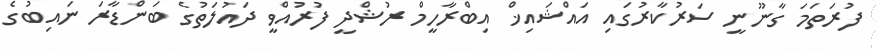
ފުރަތަމަ ގާނޫނީ ސަރުކާރުގައި އައްޝައިޚް އިބްރާހީމް ރުޝްދީ ފުރުއްވީ ދައުލަތުގެ ބަންޑާރަ ނައިބުގެ